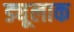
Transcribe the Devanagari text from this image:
ड्यूलाक